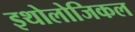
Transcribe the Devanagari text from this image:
इथोलोजिकल